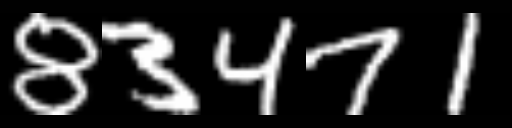
Text: 83471